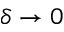
\delta \rightarrow 0